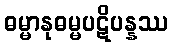
ဓမ္မာနုဓမ္မပဋိပန္နဿ